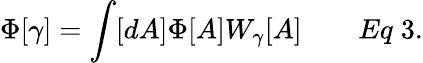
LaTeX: \Phi[\gamma]=\int[dA]\Phi[A]W_{\gamma}[A]\qquad Eq\; 3.